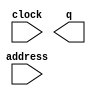
// megafunction wizard: %ROM: 1-PORT%VBB%
// GENERATION: STANDARD
// VERSION: WM1.0
// MODULE: altsyncram 

// ============================================================
// Megafunction Name(s):
// 			altsyncram
//
// Simulation Library Files(s):
// 			altera_mf
// ============================================================
// ************************************************************
// THIS IS A WIZARD-GENERATED FILE. DO NOT EDIT THIS FILE!
//
// 18.0.0 Build 614 04/24/2018 SJ Standard Edition
// ************************************************************

//Copyright (C) 2018  Intel Corporation. All rights reserved.
//Your use of Intel Corporation's design tools, logic functions 
//and other software and tools, and its AMPP partner logic 
//functions, and any output files from any of the foregoing 
//(including device programming or simulation files), and any 
//associated documentation or information are expressly subject 
//to the terms and conditions of the Intel Program License 
//Subscription Agreement, the Intel Quartus Prime License Agreement,
//the Intel FPGA IP License Agreement, or other applicable license
//agreement, including, without limitation, that your use is for
//the sole purpose of programming logic devices manufactured by
//Intel and sold by Intel or its authorized distributors.  Please
//refer to the applicable agreement for further details.

module sprite3rom (
	address,
	clock,
	q);

	input	[14:0]  address;
	input	  clock;
	output	[5:0]  q;
`ifndef ALTERA_RESERVED_QIS
// synopsys translate_off
`endif
	tri1	  clock;
`ifndef ALTERA_RESERVED_QIS
// synopsys translate_on
`endif

endmodule

// ============================================================
// CNX file retrieval info
// ============================================================
// Retrieval info: PRIVATE: ADDRESSSTALL_A NUMERIC "0"
// Retrieval info: PRIVATE: AclrAddr NUMERIC "0"
// Retrieval info: PRIVATE: AclrByte NUMERIC "0"
// Retrieval info: PRIVATE: AclrOutput NUMERIC "0"
// Retrieval info: PRIVATE: BYTE_ENABLE NUMERIC "0"
// Retrieval info: PRIVATE: BYTE_SIZE NUMERIC "8"
// Retrieval info: PRIVATE: BlankMemory NUMERIC "0"
// Retrieval info: PRIVATE: CLOCK_ENABLE_INPUT_A NUMERIC "0"
// Retrieval info: PRIVATE: CLOCK_ENABLE_OUTPUT_A NUMERIC "0"
// Retrieval info: PRIVATE: Clken NUMERIC "0"
// Retrieval info: PRIVATE: IMPLEMENT_IN_LES NUMERIC "0"
// Retrieval info: PRIVATE: INIT_FILE_LAYOUT STRING "PORT_A"
// Retrieval info: PRIVATE: INIT_TO_SIM_X NUMERIC "0"
// Retrieval info: PRIVATE: INTENDED_DEVICE_FAMILY STRING "Cyclone V"
// Retrieval info: PRIVATE: JTAG_ENABLED NUMERIC "0"
// Retrieval info: PRIVATE: JTAG_ID STRING "NONE"
// Retrieval info: PRIVATE: MAXIMUM_DEPTH NUMERIC "0"
// Retrieval info: PRIVATE: MIFfilename STRING "./vga_display/sprite3.mif"
// Retrieval info: PRIVATE: NUMWORDS_A NUMERIC "19200"
// Retrieval info: PRIVATE: RAM_BLOCK_TYPE NUMERIC "0"
// Retrieval info: PRIVATE: RegAddr NUMERIC "1"
// Retrieval info: PRIVATE: RegOutput NUMERIC "0"
// Retrieval info: PRIVATE: SYNTH_WRAPPER_GEN_POSTFIX STRING "0"
// Retrieval info: PRIVATE: SingleClock NUMERIC "1"
// Retrieval info: PRIVATE: UseDQRAM NUMERIC "0"
// Retrieval info: PRIVATE: WidthAddr NUMERIC "15"
// Retrieval info: PRIVATE: WidthData NUMERIC "6"
// Retrieval info: PRIVATE: rden NUMERIC "0"
// Retrieval info: LIBRARY: altera_mf altera_mf.altera_mf_components.all
// Retrieval info: CONSTANT: ADDRESS_ACLR_A STRING "NONE"
// Retrieval info: CONSTANT: CLOCK_ENABLE_INPUT_A STRING "BYPASS"
// Retrieval info: CONSTANT: CLOCK_ENABLE_OUTPUT_A STRING "BYPASS"
// Retrieval info: CONSTANT: INIT_FILE STRING "./vga_display/sprite3.mif"
// Retrieval info: CONSTANT: INTENDED_DEVICE_FAMILY STRING "Cyclone V"
// Retrieval info: CONSTANT: LPM_HINT STRING "ENABLE_RUNTIME_MOD=NO"
// Retrieval info: CONSTANT: LPM_TYPE STRING "altsyncram"
// Retrieval info: CONSTANT: NUMWORDS_A NUMERIC "19200"
// Retrieval info: CONSTANT: OPERATION_MODE STRING "ROM"
// Retrieval info: CONSTANT: OUTDATA_ACLR_A STRING "NONE"
// Retrieval info: CONSTANT: OUTDATA_REG_A STRING "UNREGISTERED"
// Retrieval info: CONSTANT: WIDTHAD_A NUMERIC "15"
// Retrieval info: CONSTANT: WIDTH_A NUMERIC "6"
// Retrieval info: CONSTANT: WIDTH_BYTEENA_A NUMERIC "1"
// Retrieval info: USED_PORT: address 0 0 15 0 INPUT NODEFVAL "address[14..0]"
// Retrieval info: USED_PORT: clock 0 0 0 0 INPUT VCC "clock"
// Retrieval info: USED_PORT: q 0 0 6 0 OUTPUT NODEFVAL "q[5..0]"
// Retrieval info: CONNECT: @address_a 0 0 15 0 address 0 0 15 0
// Retrieval info: CONNECT: @clock0 0 0 0 0 clock 0 0 0 0
// Retrieval info: CONNECT: q 0 0 6 0 @q_a 0 0 6 0
// Retrieval info: GEN_FILE: TYPE_NORMAL sprite3rom.v TRUE
// Retrieval info: GEN_FILE: TYPE_NORMAL sprite3rom.inc FALSE
// Retrieval info: GEN_FILE: TYPE_NORMAL sprite3rom.cmp FALSE
// Retrieval info: GEN_FILE: TYPE_NORMAL sprite3rom.bsf FALSE
// Retrieval info: GEN_FILE: TYPE_NORMAL sprite3rom_inst.v FALSE
// Retrieval info: GEN_FILE: TYPE_NORMAL sprite3rom_bb.v TRUE
// Retrieval info: LIB_FILE: altera_mf